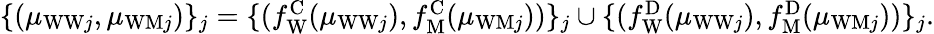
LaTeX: \begin{array}{r}{\{ (\mu_{\mathrm{WW}j},\mu_{\mathrm{WM}j})\} _{j}=\{ (f_{\mathrm{W}}^{\mathrm{C}}(\mu_{\mathrm{WW}j}),f_{\mathrm{M}}^{\mathrm{C}}(\mu_{\mathrm{WM}j}))\} _{j}\cup\{ (f_{\mathrm{W}}^{\mathrm{D}}(\mu_{\mathrm{WW}j}),f_{\mathrm{M}}^{\mathrm{D}}(\mu_{\mathrm{WM}j}))\} _{j}.}\end{array}